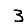
Digit: 3